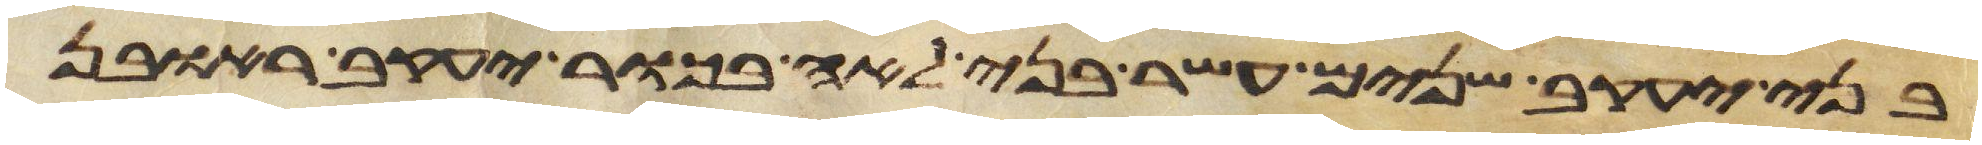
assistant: בני יעקב שנים עשר בני לאה בכור יעקב ראובן